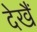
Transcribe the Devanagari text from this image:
देखैं